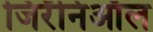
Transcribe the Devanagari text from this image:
जिरॅनिऑल